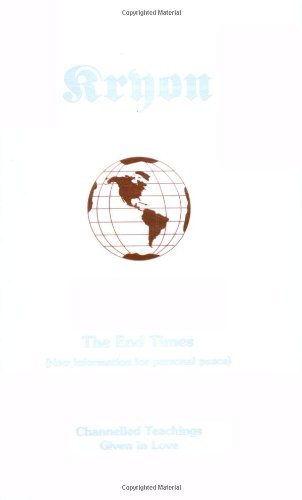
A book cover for Kryon--The End Times: New Information for Personal Peace (Kryon Book 1); Lee Carroll; Religion & Spirituality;